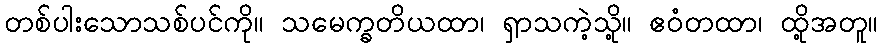
တစ်ပါးသောသစ်ပင်ကို။ သမေက္ခတိယထာ၊ ရှာသကဲ့သို့။ ဧဝံတထာ၊ ထို့အတူ။